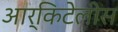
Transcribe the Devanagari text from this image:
आर्किटेलीस